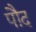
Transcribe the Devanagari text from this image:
पौद